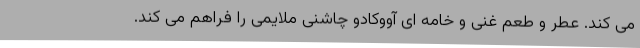
می کند. عطر و طعم غنی و خامه ای آووکادو چاشنی ملایمی را فراهم می کند.